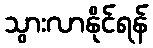
သွားလာနိုင်ရန်